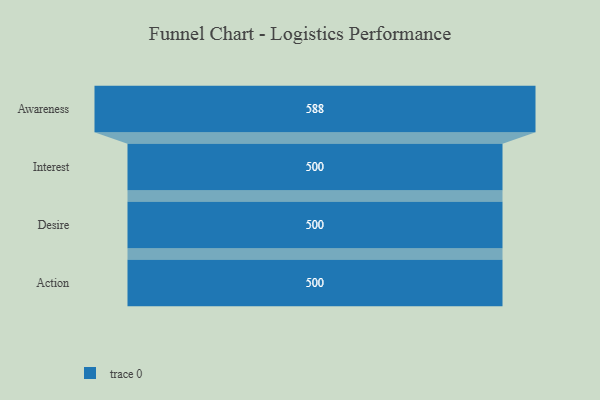
{"axis": {"x": "Stage", "y": "Value"}, "legend": [""], "data": [{"x": "Awareness", "y": 588.0, "type": ""}, {"x": "Interest", "y": 500, "type": ""}, {"x": "Desire", "y": 500, "type": ""}, {"x": "Action", "y": 500, "type": ""}]}